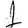
Digit: 1